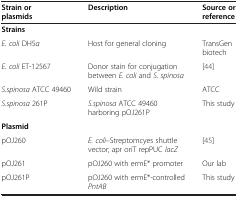
<table><thead><tr><td><b>Strain or plasmids</b></td><td><b>Description</b></td><td><b>Source or reference</b></td></tr></thead><tbody><tr><td><b>Strains</b></td><td> </td><td> </td></tr><tr><td><i>E. coli</i> DH5<i>α</i></td><td>Host for general cloning</td><td>TransGen biotech</td></tr><tr><td><i>E. coli</i> ET-12567</td><td>Donor stain for conjugation between <i>E. coli</i> and <i>S. spinosa</i></td><td>[44]</td></tr><tr><td><i>S.spinosa</i> ATCC 49460</td><td>Wild strain</td><td>ATCC</td></tr><tr><td><i>S.spinosa</i> 261P</td><td><i>S.spinosa</i> ATCC 49460 harboring pOJ261P</td><td>This study</td></tr><tr><td><b>Plasmid</b></td><td> </td><td> </td></tr><tr><td>pOJ260</td><td><i>E. coli</i>–Streptomcyes shuttle vector; apr oriT repPUC <i>lacZ</i></td><td>[45]</td></tr><tr><td>pOJ261</td><td>pOJ260 with ermE* promoter</td><td>Our lab</td></tr><tr><td>pOJ261P</td><td>pOJ260 with ermE*-controlled <i>PntAB</i></td><td>This study</td></tr></tbody></table>